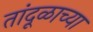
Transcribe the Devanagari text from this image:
तांदूळाच्या